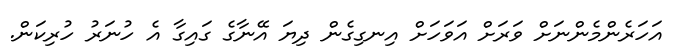
އަހަރެންމެންނަށް ވަރަށް އަވަހަށް އިނގިގެން ދިޔަ އޭނާގެ ގައިގާ އެ ހުނަރު ހުރިކަން.